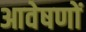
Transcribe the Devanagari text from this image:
आवेषणों